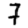
Digit: 7